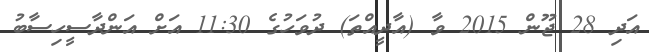
އަދި 28 ޖޫން 2015 ވާ (އާދީއްތަ) ދުވަހުގެ 11:30 އަށް އަންދާސީހިސާބު